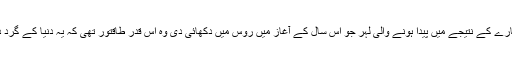
ایک دم دار سیارے کے نتیجے میں پیدا ہونے والی لہر جو اس سال کے آغاز میں روس میں دکھائی دی وہ اس قدر طاقتور تھی کہ یہ دنیا کے گرد دو بار گھومی۔